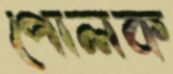
পোলক